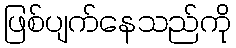
ဖြစ်ပျက်နေသည်ကို